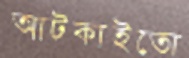
আটকাইতো